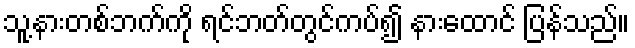
သူ့နားတစ်ဘက်ကို ရင်ဘတ်တွင်ကပ်၍ နားထောင် ပြန်သည်။